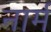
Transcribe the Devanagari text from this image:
नार्म